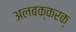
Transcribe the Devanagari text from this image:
अलबक्करक्